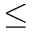
\leq